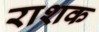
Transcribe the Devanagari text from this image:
राशक